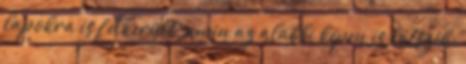
lapokra is felkerült, amin az alábbi képen is látszik: